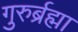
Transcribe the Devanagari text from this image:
गुरुर्ब्रह्मा